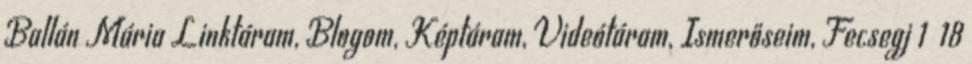
Ballán Mária Linktáram, Blogom, Képtáram, Videótáram, Ismerőseim, Fecsegj 1 18